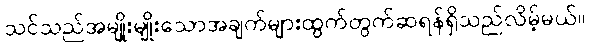
သင်သည်အမျိုးမျိုးသောအချက်များထွက်တွက်ဆရန်ရှိသည်လိမ့်မယ်။